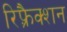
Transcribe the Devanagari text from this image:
रिफ़्रैक्शन